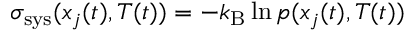
\sigma _ { \mathrm { s y s } } ( x _ { j } ( t ) , T ( t ) ) = - k _ { \mathrm { B } } \ln p ( x _ { j } ( t ) , T ( t ) )